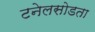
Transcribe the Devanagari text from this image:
टनेलसोडता